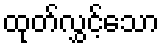
ထုတ်လွှင့်သော